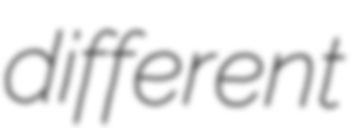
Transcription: different